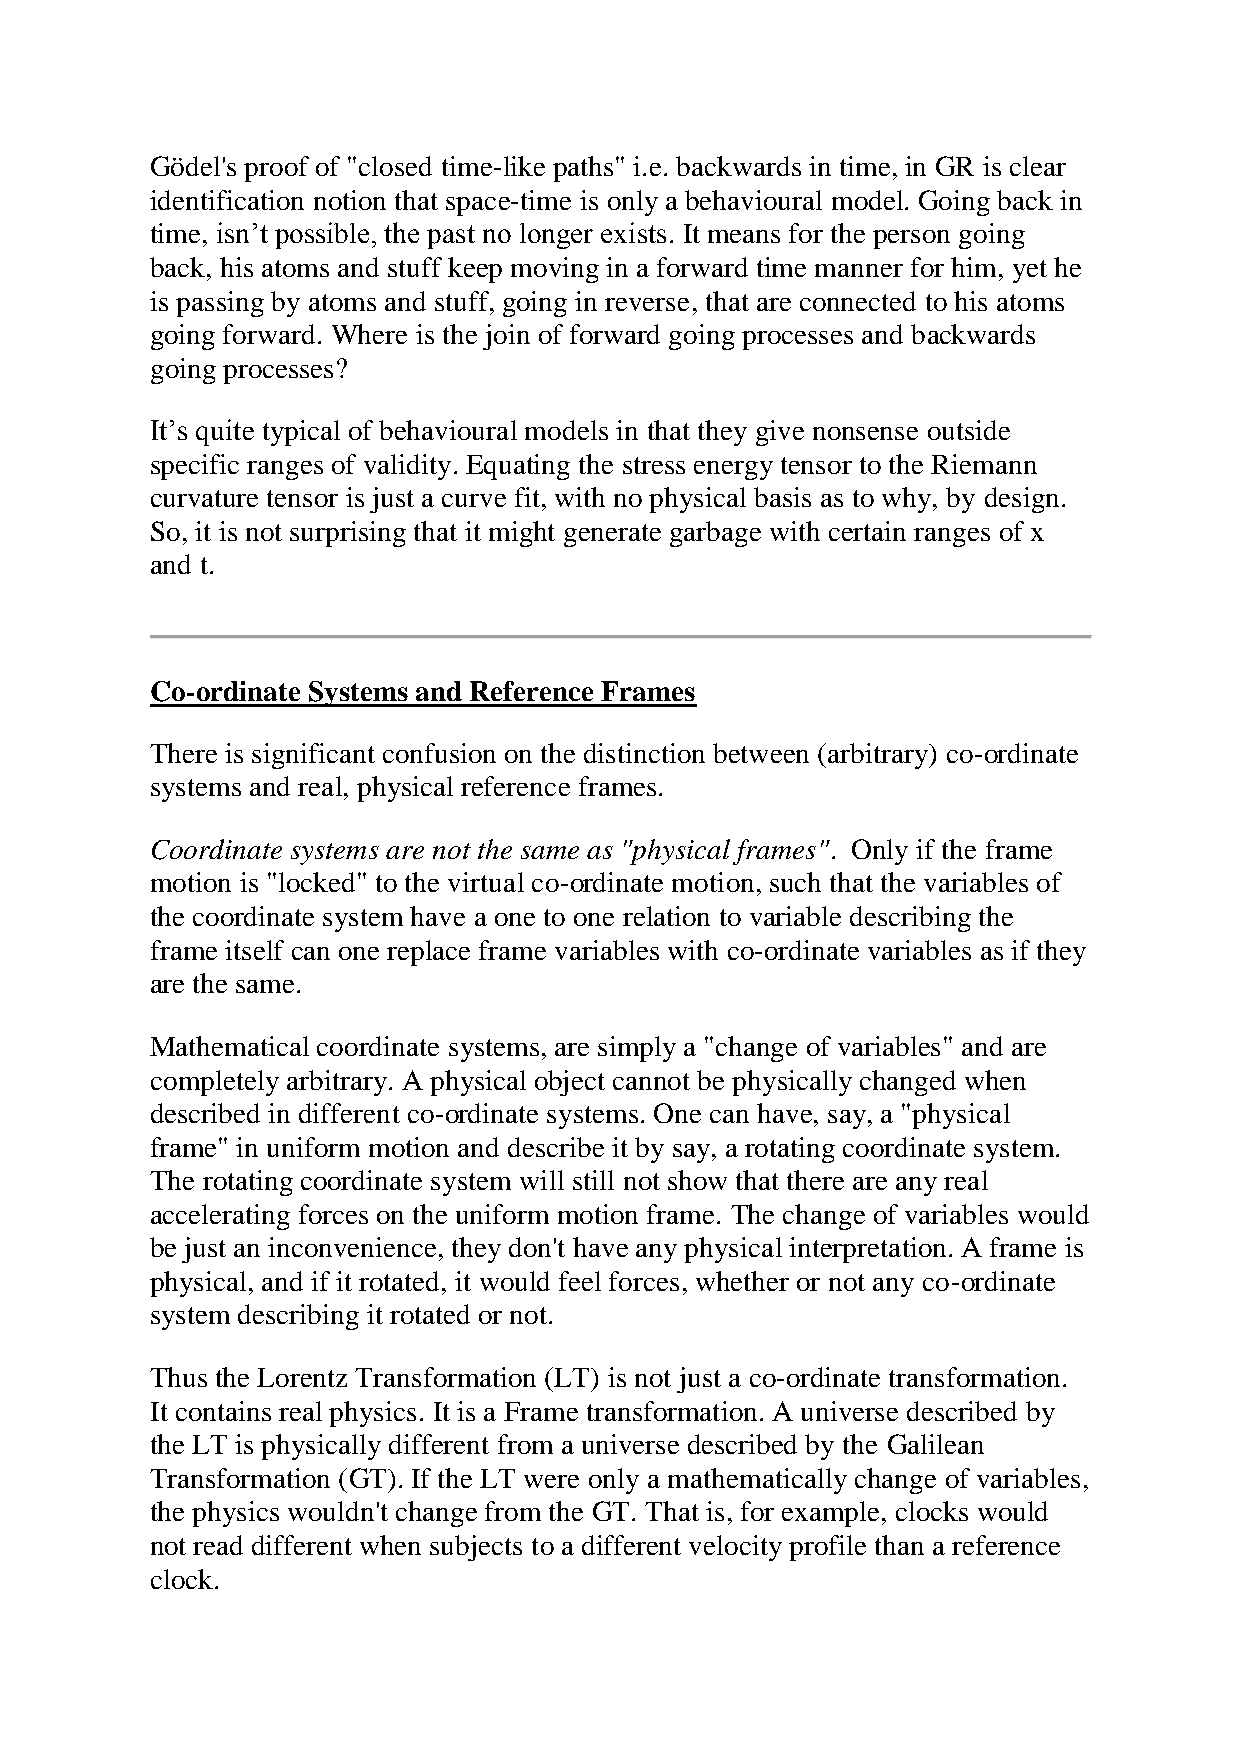
Gödel's proof of "closed time-like paths" i.e. backwards in time, in GR is clear
 identification notion that space-time is only a behavioural model. Going back in
 time, isn’t possible, the past no longer exists. It means for the person going
 back, his atoms and stuff keep moving in a forward time manner for him, yet he
 is passing by atoms and stuff, going in reverse, that are connected to his atoms
 going forward. Where is the join of forward going processes and backwards
 going processes?
 It’s quite typical of behavioural models in that they give nonsense outside
 specific ranges of validity. Equating the stress energy tensor to the Riemann
 curvature tensor is just a curve fit, with no physical basis as to why, by design.
 So, it is not surprising that it might generate garbage with certain ranges of x
 and t.
 Co-ordinate Systems and Reference Frames
 There is significant confusion on the distinction between (arbitrary) co-ordinate
 systems and real, physical reference frames.
 Coordinate systems are not the same as "physical frames". Only if the frame
 motion is "locked" to the virtual co-ordinate motion, such that the variables of
 the coordinate system have a one to one relation to variable describing the
 frame itself can one replace frame variables with co-ordinate variables as if they
 are the same.
 Mathematical coordinate systems, are simply a "change of variables" and are
 completely arbitrary. A physical object cannot be physically changed when
 described in different co-ordinate systems. One can have, say, a "physical
 frame" in uniform motion and describe it by say, a rotating coordinate system.
 The rotating coordinate system will still not show that there are any real
 accelerating forces on the uniform motion frame. The change of variables would
 be just an inconvenience, they don't have any physical interpretation. A frame is
 physical, and if it rotated, it would feel forces, whether or not any co-ordinate
 system describing it rotated or not.
 Thus the Lorentz Transformation (LT) is not just a co-ordinate transformation.
 It contains real physics. It is a Frame transformation. A universe described by
 the LT is physically different from a universe described by the Galilean
 Transformation (GT). If the LT were only a mathematically change of variables,
 the physics wouldn't change from the GT. That is, for example, clocks would
 not read different when subjects to a different velocity profile than a reference
 clock.